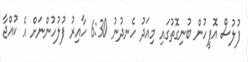
ފުލުސް އޮފީހުން ބުނިގޮތުގައި މިއަދު ހެނދުނު 6:30 ހާއިރު ފުލުހުންނަށް އެ ކުއްޖާ